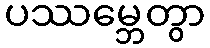
ပဿမ္ဘေတွာ